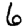
Digit: 6